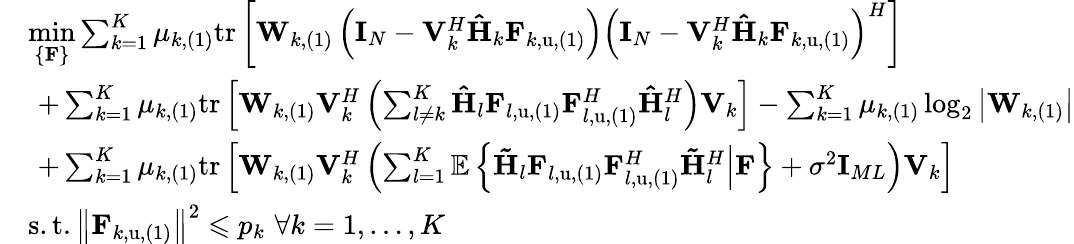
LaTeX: \begin{array}{rl}&{\underset{\left\{ \mathbf{F}\right\} }{\operatorname*{min}}\sum_{k=1}^{K}{\mu_{k,(1)}\mathrm{tr}\left[\mathbf{W}_{k,(1)}\left(\mathbf{I}_{N}-\mathbf{V}_{k}^{H}\mathbf{\hat{H}}_{k}\mathbf{F}_{k,\mathrm{u},(1)}\right)\left(\mathbf{I}_{N}-\mathbf{V}_{k}^{H}\mathbf{\hat{H}}_{k}\mathbf{F}_{k,\mathrm{u},(1)}\right)^{H}\right]}}\\ &{\, \, +\sum_{k=1}^{K}{\mu_{k,(1)}\mathrm{tr}\left[\mathbf{W}_{k,(1)}\mathbf{V}_{k}^{H}\left(\sum_{l\ne k}^{K}{\mathbf{\hat{H}}_{l}\mathbf{F}_{l,\mathrm{u},(1)}\mathbf{F}_{l,\mathrm{u},(1)}^{H}\mathbf{\hat{H}}_{l}^{H}}\right)\mathbf{V}_{k}\right]}-\sum_{k=1}^{K}{\mu_{k,(1)}\log_{2}\left|\mathbf{W}_{k,(1)}\right|}}\\ &{\, \, +\sum_{k=1}^{K}{\mu_{k,(1)}\mathrm{tr}}\left[\mathbf{W}_{k,(1)}\mathbf{V}_{k}^{H}\left(\sum_{l=1}^{K}{\mathbb{E}\left\{ \left.\mathbf{\tilde{H}}_{l}\mathbf{F}_{l,\mathrm{u},(1)}\mathbf{F}_{l,\mathrm{u},(1)}^{H}\mathbf{\tilde{H}}_{l}^{H}\right|\mathbf{F}\right\} }+\sigma^{2}\mathbf{I}_{ML}\right)\mathbf{V}_{k}\right]}\\ &{\mathrm{s}.\mathrm{t}.\left\| \mathbf{F}_{k,\mathrm{u},(1)}\right\| ^{2}\leqslant p_{k}\, \, \forall k=1,\dots,K}\end{array}